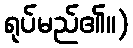
ရုပ်မည်၏။)